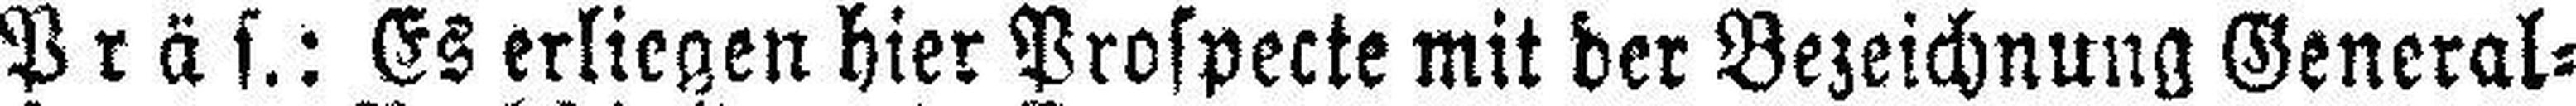
Präs.: Es erliegen hier Prospecte mit der Bezeichnung General=